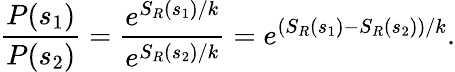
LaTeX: {\frac{P(s_{1})}{P(s_{2})}}={\frac{e^{S_{R}(s_{1})/k}}{e^{S_{R}(s_{2})/k}}}=e^{(S_{R}(s_{1})-S_{R}(s_{2}))/k}.